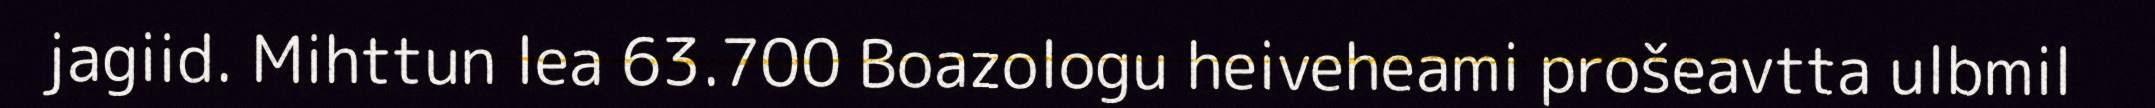
jagiid. Mihttun lea 63.700 Boazologu heiveheami prošeavtta ulbmil